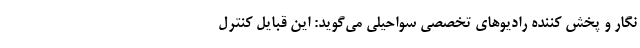
نگار و پخش کننده رادیو‌های تخصصی سواحیلی می‌گوید: این قبایل کنترل